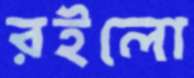
রইলো